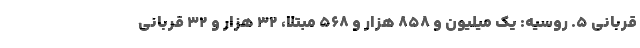
قربانی ۵. روسیه: یک میلیون و ۸۵۸ هزار و ۵۶۸ مبتلا، ۳۲ هزار و ۳۲ قربانی